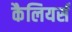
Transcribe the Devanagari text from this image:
कैलियर्स